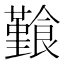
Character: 𩞎